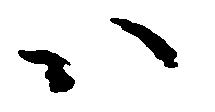
ハ